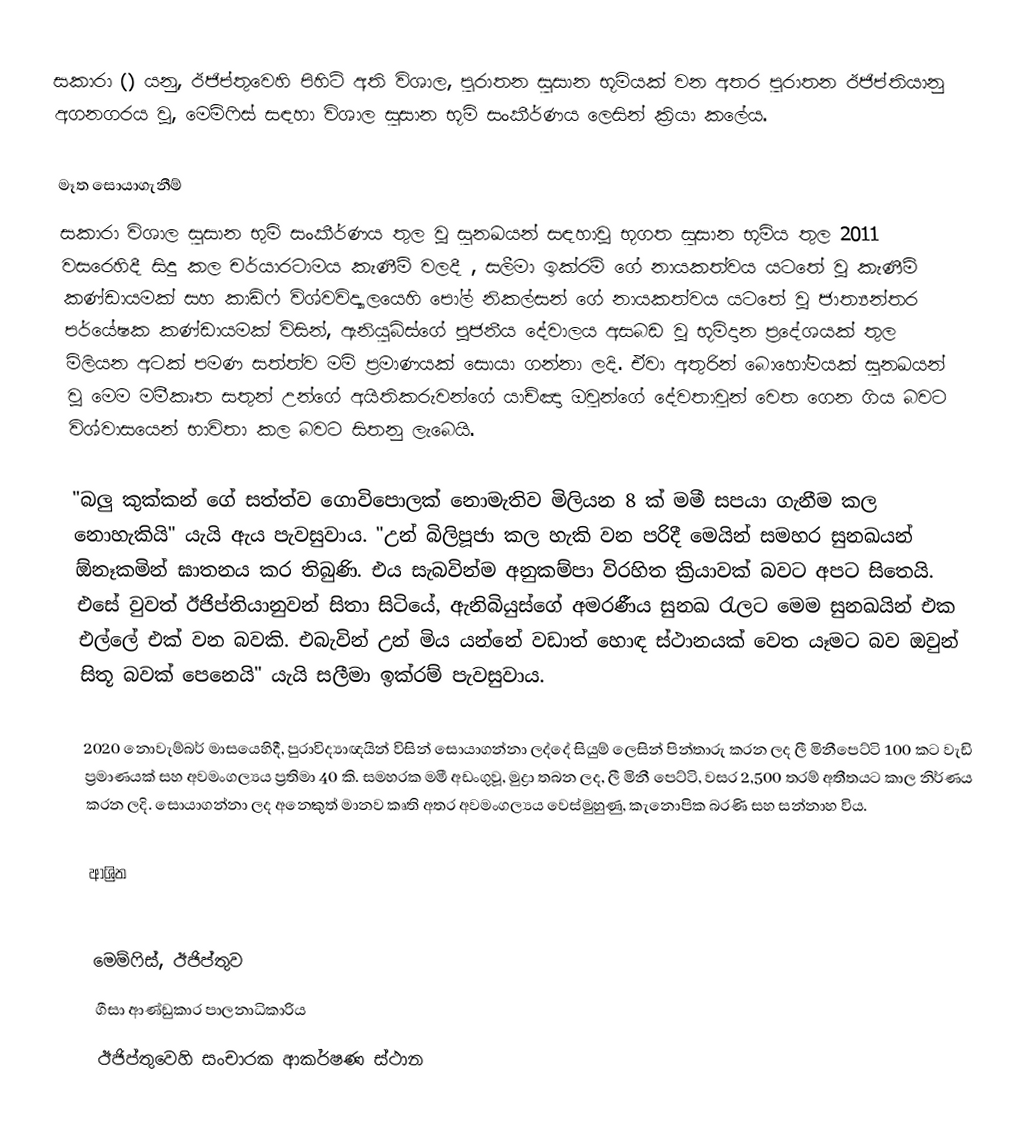
සකාරා () යනු, ඊජිප්තුවෙහි පිහිටි අති  විශාල, පුරාතන සුසාන භූමියක් වන අතර  පුරාතන ඊජිප්තියානු අගනගරය වූ, මෙම්ෆිස් සඳහා විශාල සුසාන භූමි සංකීර්ණය ලෙසින් ක්‍රියා කලේය.

මෑත සොයාගැනීම්
සකාරා විශාල සුසාන භුමි සංකීර්ණය තුල වූ සුනඛයන් සඳහාවූ භූගත සුසාන භූමිය තුල 2011 වසරෙහිදී සිදු කල චර්යාරටාමය කැණීම් වලදී , සලීමා ඉක්රම් ගේ නායකත්වය යටතේ වූ කැණීම් කණ්ඩායමක් සහ  කාඩිෆ් විශ්වවිද්‍යාලයෙහි පෝල් නිකල්සන් ගේ නායකත්වය යටතේ වූ ජාත්‍යන්තර පර්යේෂක කණ්ඩායමක් විසින්, ඇනියුබිස්ගේ පූජනීය දේවාලය අසබඩ වූ භූමිදාන ප්‍රදේශයක් තුල මිලියන අටක් පමණ සත්ත්ව මමි ප්‍රමාණයක් සොයා ගන්නා ලදි. ඒවා අතුරින් බොහෝමයක් සුනඛයන් වූ මෙම මමීකෘත සතුන් උන්ගේ අයිතිකරුවන්ගේ යාච්ඤා ඔවුන්ගේ දේවතාවුන් වෙත ගෙන ගිය බවට විශ්වාසයෙන්  භාවිතා කල බවට සිතනු ලැබෙයි.

"බලු කුක්කන් ගේ සත්ත්ව ගොවිපොලක් නොමැතිව මිලියන 8 ක් මමී සපයා ගැනීම කල නොහැකියි" යැයි ඇය පැවසුවාය. "උන් බිලිපූජා කල හැකි වන පරිදී මෙයින් සමහර සුනඛයන් ඕනෑකමින් ඝාතනය කර තිබුණි. එය සැබවින්ම  අනුකම්පා විරහිත ක්‍රියාවක් බවට අපට සිතෙයි. එසේ වුවත් ඊජිප්තියානුවන් සිතා සිටියේ, ඇනිබියුස්ගේ අමරණීය සුනඛ රැලට මෙම සුනඛයින් එක එල්ලේ එක් වන බවකි. එබැවින් උන් මිය යන්නේ වඩාත් හොඳ ස්ථානයක් වෙත යෑමට බව ඔවුන් සිතූ බවක් පෙනෙයි" යැයි සලීමා ඉක්රම් පැවසුවාය.

2020 නොවැම්බර් මාසයෙහිදී, පුරාවිද්‍යාඥයින් විසින් සොයාගන්නා ලද්දේ සියුම් ලෙසින් පින්තාරු කරන ලද ලී  මිනීපෙට්ටි 100 කට වැඩි ප්‍රමාණයක් සහ අවමංගල්‍යය ප්‍රතිමා 40 කි. සමහරක මමී අඩංගුවූ, මුද්‍රා තබන ලද, ලී මිනී පෙට්ටි, වසර 2,500 තරම් අතීතයට කාල නිර්ණය කරන ලදි. සොයාගන්නා ලද අනෙකුත් මානව කෘති අතර අවමංගල්‍යය වෙස්මුහුණු, කැනොපික බරණි සහ සන්නාහ විය.

ආශ්‍රිත

මෙම්ෆිස්, ඊජිප්තුව
ගීසා ආණ්ඩුකාර පාලනාධිකාරිය
ඊජිප්තුවෙහි සංචාරක ආකර්ෂණ ස්ථාන